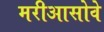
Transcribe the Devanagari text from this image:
मरीआसोवे